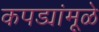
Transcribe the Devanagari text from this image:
कपड्यांमूळे